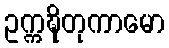
ဥက္ကဍ္ဎိတုကာမော